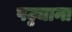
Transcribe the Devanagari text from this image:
पट्ट्याना